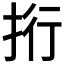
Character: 𢫱